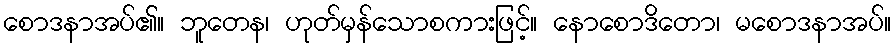
စောဒနာအပ်၏။ ဘူတေန၊ ဟုတ်မှန်သောစကားဖြင့်။ နောစောဒိတော၊ မစောဒနာအပ်။